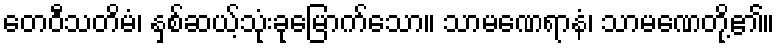
တေဝီသတိမံ၊ နှစ်ဆယ့်သုံးခုမြောက်သော။ သာမဏေရာနံ၊ သာမဏေတို့၏။